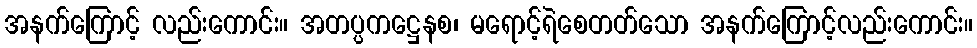
အနက်ကြောင့် လည်းကောင်း။ အတပ္ပကဋ္ဌေနစ၊ မရောင့်ရဲစေတတ်သော အနက်ကြောင့်လည်းကောင်း။